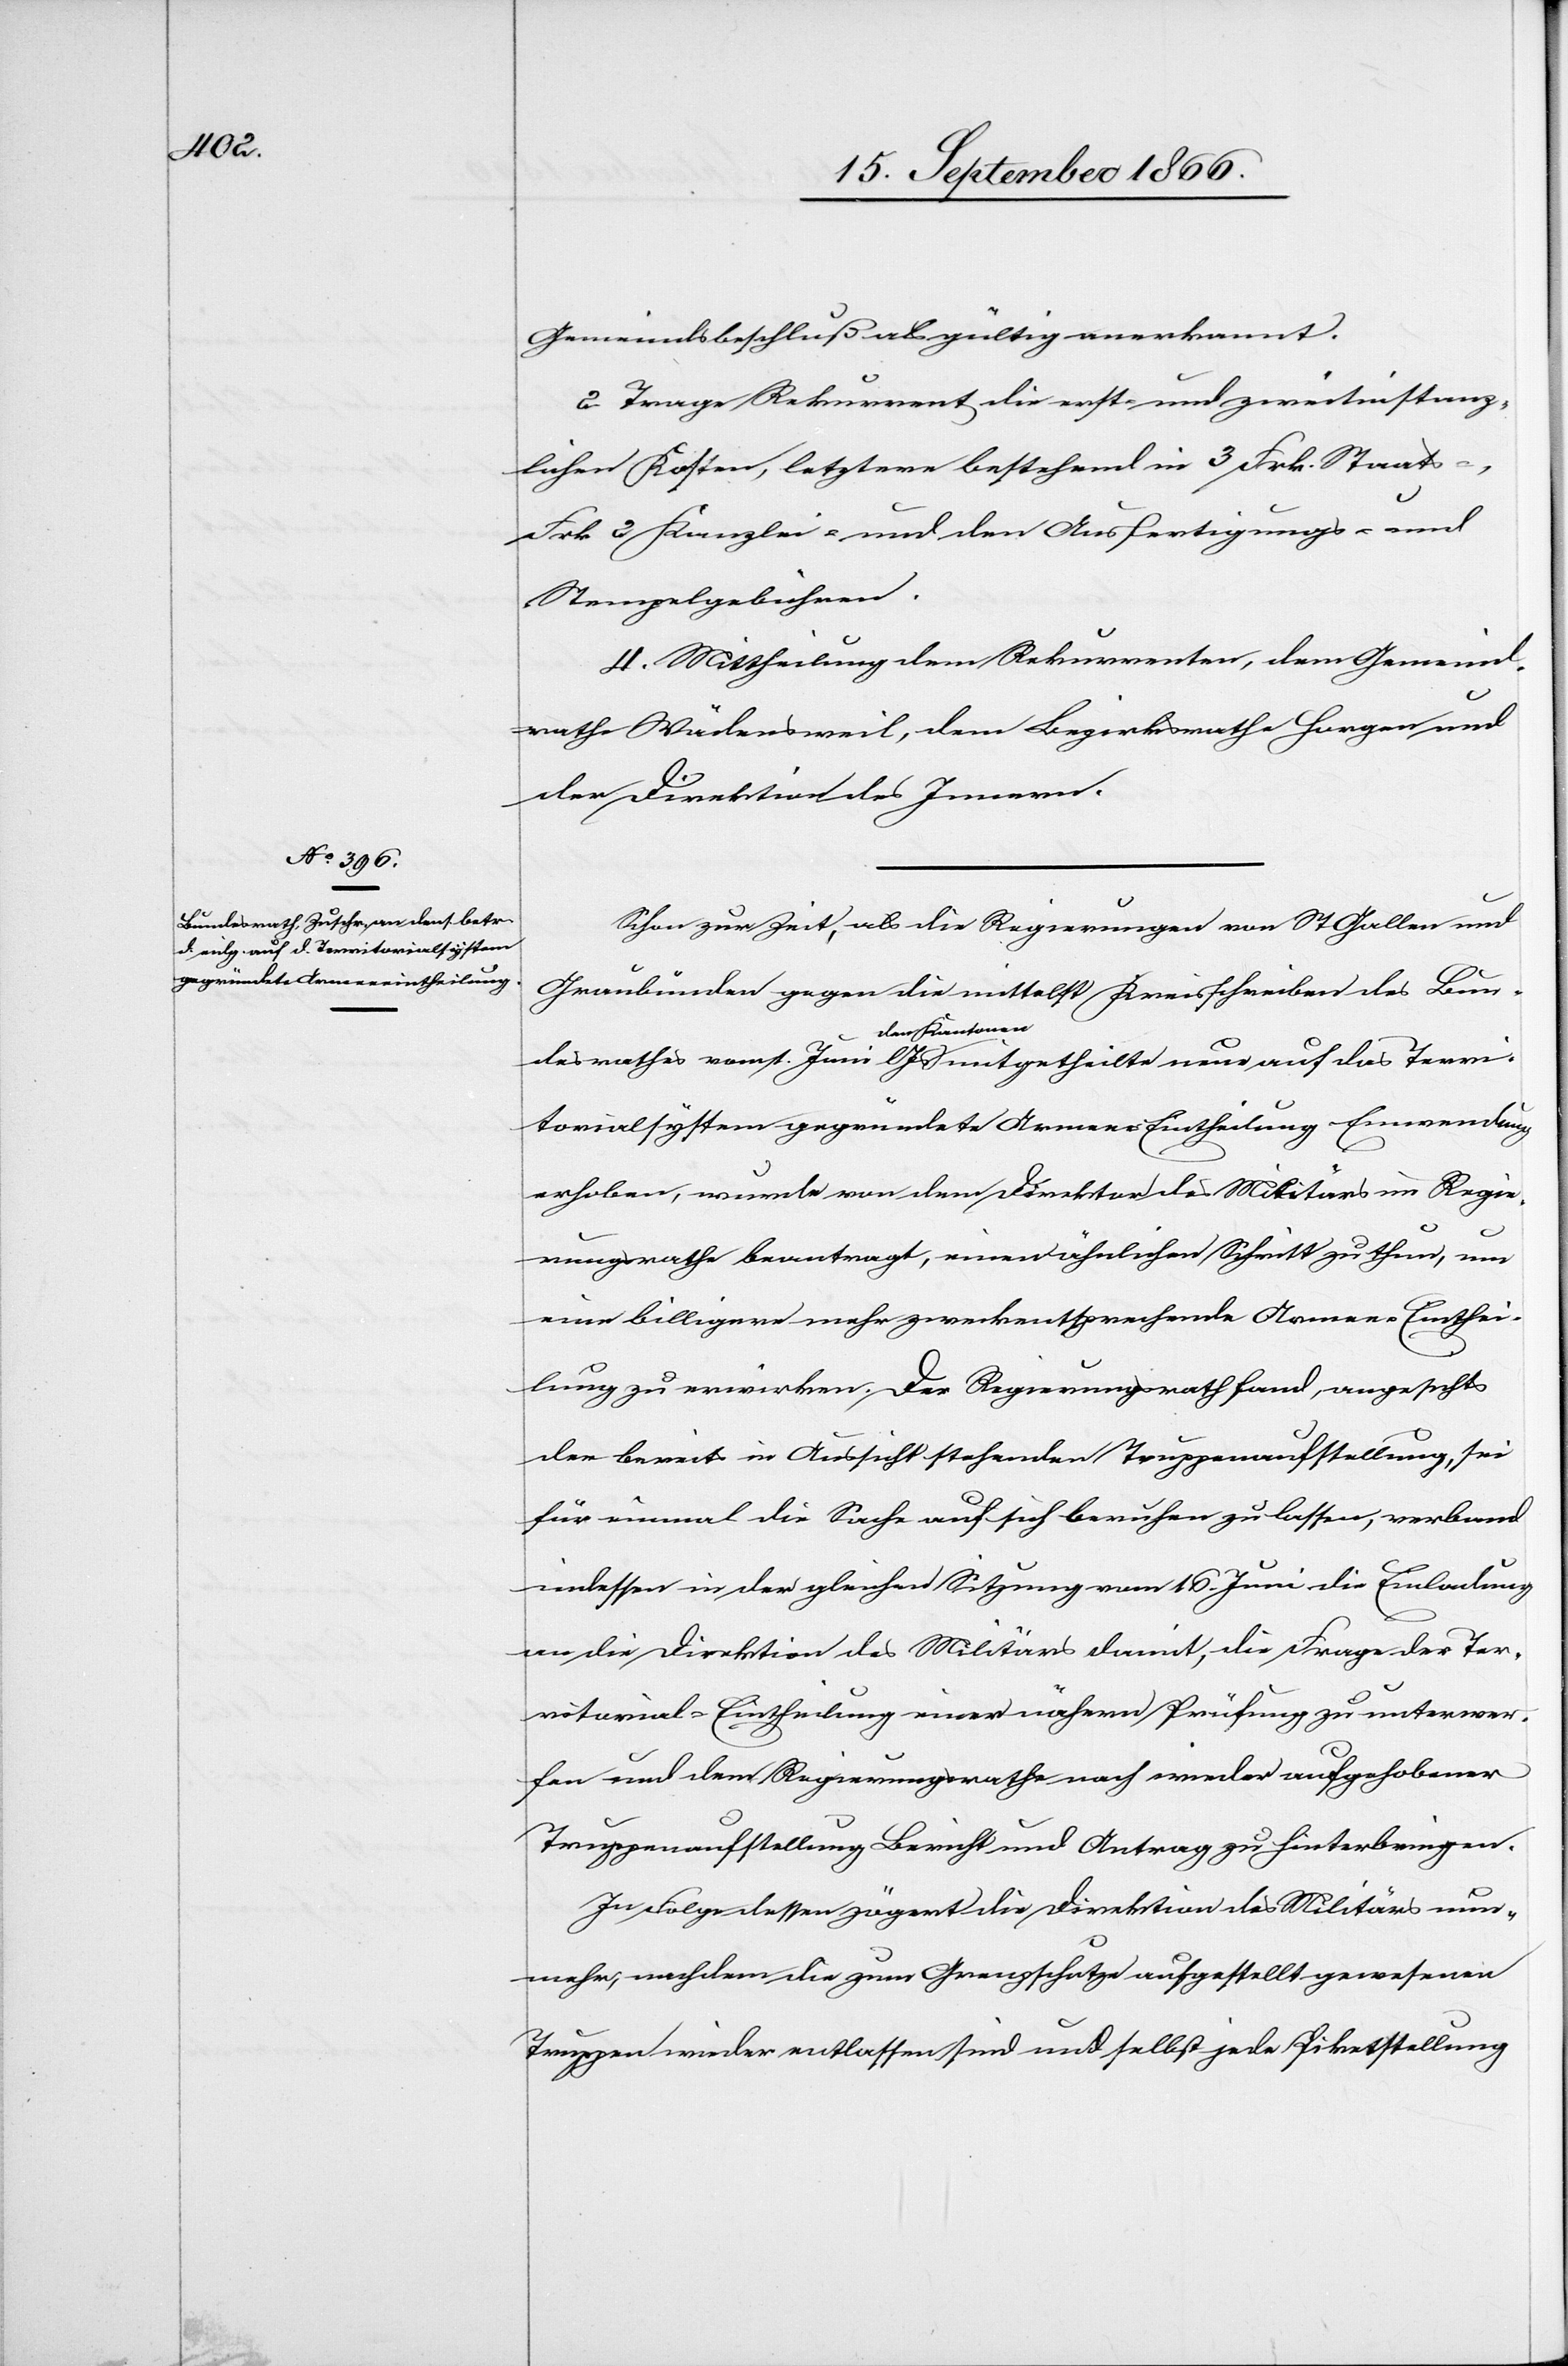
Gemeindsbeschluß als gültig anerkannt.
2. Trage Rekurrent die erst- und zweitinstanz¬
lichen Kosten, letztere bestehend in 3 Frk. Staats-,
Frk. 2 Kanzlei- und den Ausfertigungs- und
Stempelgebühren.
3. Mittheilung dem Rekurrenten, dem Gemeind¬
rathe Wädensweil, dem Bezirksrathe Horgen und
der Direktion des Innern.
Schon zur Zeit, als die Regierungen von St. Gallen und
Graubünden gegen die mittelst Kreisschreiben des Bun¬
desrathes vom 1. Juni lJs den Kantonen mitgetheilte neue auf das Terri¬
torialsystem gegründete Armee-Eintheilung Einwendung
erhoben, wurde von dem Direktor des Militärs im Regie¬
rungsrathe beantragt, einen ähnlichen Schritt zu thun, um
eine billigere mehr zweckentsprechende Armee-Einthei¬
lung zu erwirken. Der Regierungsrath fand, angesichts
der bereits in Aussicht stehenden Truppenaufstellung, sei
für einmal die Sache auf sich beruhen zu lassen, verband
indessen in der gleichen Sitzung vom 16. Juni die Einladung
an die Direktion des Militärs damit, die Frage der Ter¬
ritorial-Eintheilung einer nähern Prüfung zu unterwer¬
fen und dem Regierungsrathe nach wieder aufgehobener
Truppenaufstellung Bericht und Antrag zu hinterbringen.
In Folge dessen zögert die Direktion des Militärs nun¬
mehr, nachdem die zum Grenzschutze aufgestellt gewesenen
Truppen wieder entlassen sind und selbst jede Piketstellung